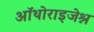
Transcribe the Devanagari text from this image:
ऑथोराइजेश्न